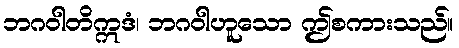
ဘဂဝါတိဣဒံ၊ ဘဂဝါဟူသော ဤစကားသည်။